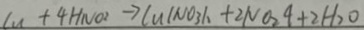
C u + 4 H N O _ { 2 } \rightarrow C _ { U } \vert N O _ { 3 \vert 2 } + 2 N O _ { 2 } 4 + 2 H _ { 2 } O